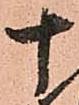
十